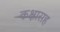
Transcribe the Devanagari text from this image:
कक्षासह